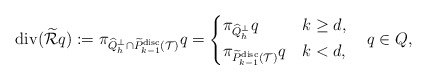
\begin{align*}\mathrm{div} (\widetilde{\mathcal{R}}q):=\pi_{\widehat{Q}_h^\perp\cap \widetilde{P}_{k-1}^{\mathrm{disc}}(\mathcal{T})} q=\begin{cases}\pi_{\widehat{Q}_h^\perp} q &k\geq d,\\\pi_{\widetilde{P}_{k-1}^{\mathrm{disc}}(\mathcal{T})} q &k<d,\end{cases}\quad q\in Q,\end{align*}